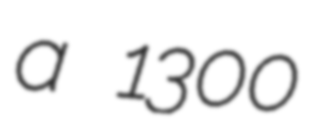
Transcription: a 1300